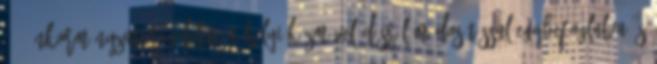
17. önkormányzati rendelete a helyi közművelődésről módosítással egybefoglalva és